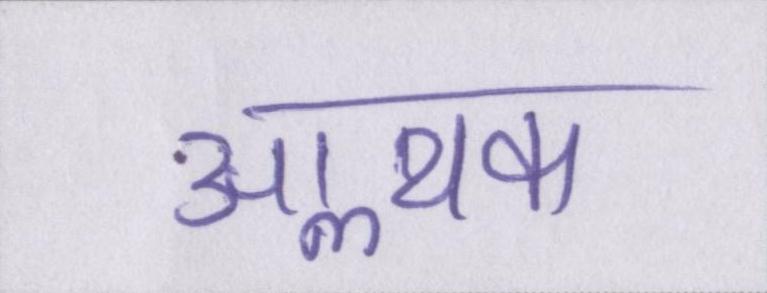
आॢथक